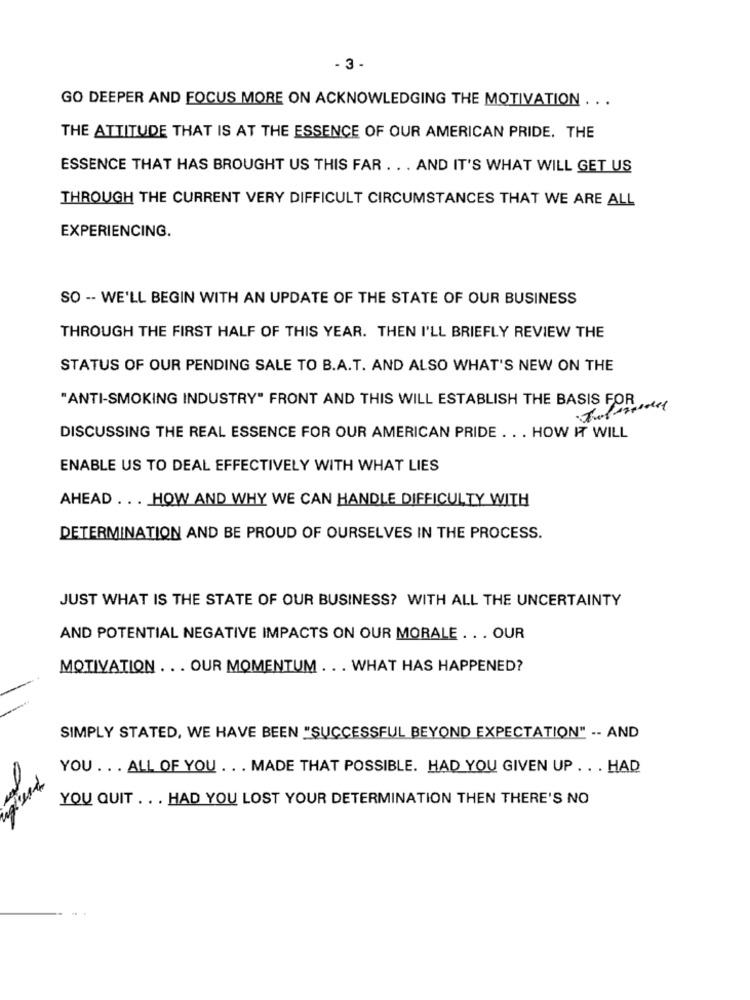
- 3 -
GO DEEPER AND FOCUS MORE ON ACKNOWLEDGING THE MOTIVATION ...
THE ATTITUDE THAT IS AT THE ESSENCE OF OUR AMERICAN PRIDE. THE
ESSENCE THAT HAS BROUGHT US THIS FAR . . . AND IT'S WHAT WILL GET US
THROUGH THE CURRENT VERY DIFFICULT CIRCUMSTANCES THAT WE ARE ALL
EXPERIENCING.
SO -- WE'LL BEGIN WITH AN UPDATE OF THE STATE OF OUR BUSINESS
THROUGH THE FIRST HALF OF THIS YEAR. THEN I'LL BRIEFLY REVIEW THE
STATUS OF OUR PENDING SALE TO B.A.T. AND ALSO WHAT'S NEW ON THE
"ANTI-SMOKING INDUSTRY" FRONT AND THIS WILL ESTABLISH THE BASIS FOR
DISCUSSING THE REAL ESSENCE FOR OUR AMERICAN PRIDE . .. HOW IT WILL
ENABLE US TO DEAL EFFECTIVELY WITH WHAT LIES
AHEAD .. . HOW AND WHY WE CAN HANDLE DIFFICULTY WITH
DETERMINATION AND BE PROUD OF OURSELVES IN THE PROCESS.
JUST WHAT IS THE STATE OF OUR BUSINESS? WITH ALL THE UNCERTAINTY
AND POTENTIAL NEGATIVE IMPACTS ON OUR MORALE .. . OUR
MOTIVATION ... OUR MOMENTUM ... WHAT HAS HAPPENED?
SIMPLY STATED, WE HAVE BEEN "SUCCESSFUL BEYOND EXPECTATION" -- AND
YOU ... ALL OF YOU . . . MADE THAT POSSIBLE. HAD YOU GIVEN UP . . . HAD
YOU QUIT . . . HAD YOU LOST YOUR DETERMINATION THEN THERE'S NO